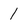
Character: 1